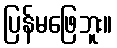
ပြန်မဖြေဘူး။